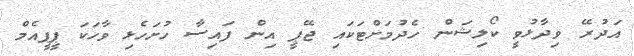
އަދުރޭ ވިދާޅުވީ ކޯލިޝަން ހެދުމަށްޓަކައި ޖޭޕީ އިން ފައިސާ ހުށަހެޅި ވާހަކަ ޕީޕީއެމް